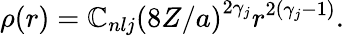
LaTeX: \rho(r)=\mathbb{C}_{nlj}\left(8Z/a\right)^{2\gamma_{j}}r^{2(\gamma_{j}-1)}.